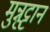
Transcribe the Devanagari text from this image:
मुन्नूट्टान